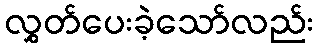
လွှတ်ပေးခဲ့သော်လည်း